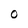
Character: O